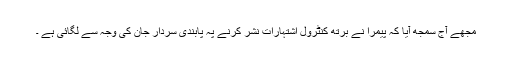
مجھے آج سمجھ آیا کہ پیمرا نے برتھ کنٹرول اشتہارات نشر کرنے پہ پابندی سردار جان کی وجہ سے لگائی ہے ۔